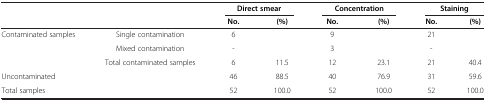
| <ROWSPAN=2-COLSPAN=2>  | <COLSPAN=2> Direct smear | <COLSPAN=2> Concentration | <COLSPAN=2> Staining |
 | No. | (%) | No. | (%) | No. | (%) |
 | --- | --- | --- | --- | --- | --- | --- | --- |
 | <ROWSPAN=3> Contaminated samples | Single contamination | 6 | <ROWSPAN=2>  | 9 | <ROWSPAN=2>  | 21 | <ROWSPAN=2>  |
 | Mixed contamination | - | 3 | - |
 | Total contaminated samples | 6 | 11.5 | 12 | 23.1 | 21 | 40.4 |
 | Uncontaminated |  | 46 | 88.5 | 40 | 76.9 | 31 | 59.6 |
 | <COLSPAN=2> Total samples | 52 | 100.0 | 52 | 100.0 | 52 | 100.0 |